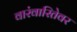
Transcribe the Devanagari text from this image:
वारंवारितेवर